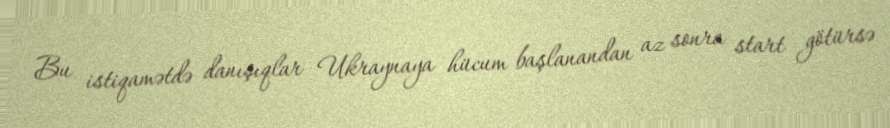
Bu istiqamətdə danışıqlar Ukraynaya hücum başlanandan az sonra start götürsə